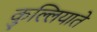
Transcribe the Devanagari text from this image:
कुल्लियाते